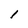
Character: l